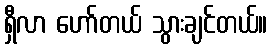
ရှီလာ ဟော်တယ် သွားချင်တယ်။